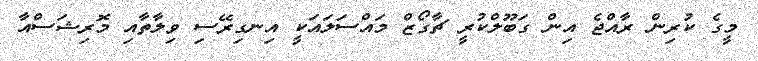
މީގެ ކުރިން ރާއްޖެ އިން ގަބޫލްކުރީ ޗާގޯޒް މައްސަލައަކީ އިނގިރޭސި ވިލާތާއި މޮރިޝަސްއާ